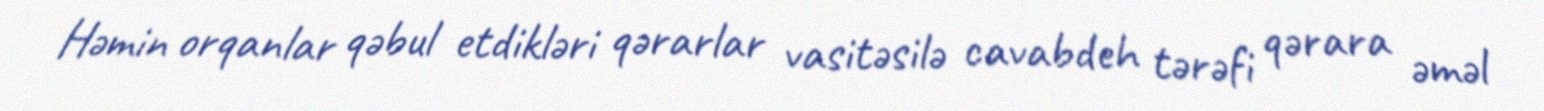
Həmin orqanlar qəbul etdikləri qərarlar vasitəsilə cavabdeh tərəfi qərara əməl